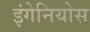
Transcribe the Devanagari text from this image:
इंगेनियोस